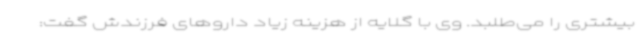
بیشتری را می‌طلبد. وی با گلایه از هزینه زیاد داروهای فرزندش گفت: